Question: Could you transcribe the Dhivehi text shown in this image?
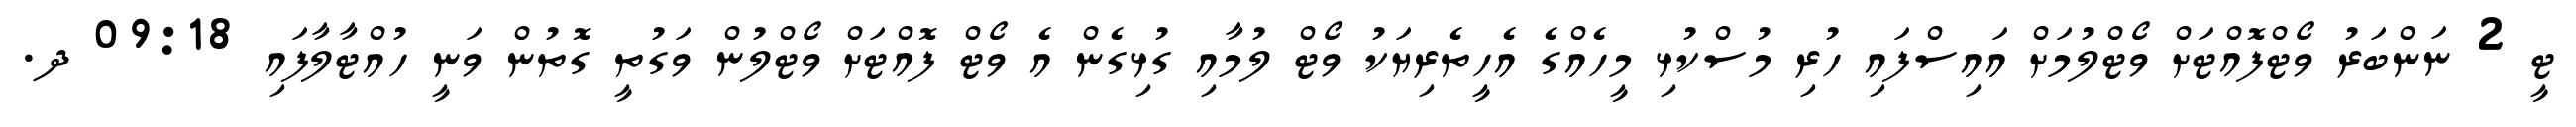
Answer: ޓީ 2 ނަންބަރު ވޯޓްފޮއްޓަށް ވޯޓްލުމަށް އައިސްފައި ހުރި މުސްކުޅި މީހެއްގެ އެހީތެރިޔަކު ވޯޓް ލުމާއި ގުޅިގެން އެ ވޯޓް ފޮއްޓަށް ވޯޓްލުން ވަގުތީ ގޮތުން ވަނީ ހުއްޓާލާފައި 09:18 ދ.